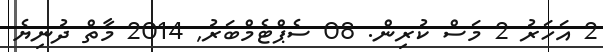
2 އަހަރު 2 މަސް ކުރިން. 08 ސެޕްޓެމްބަރު